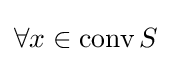
\forall x\in \operatorname {conv} S